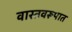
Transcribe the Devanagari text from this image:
वास्तवरूपात